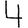
Digit: 4